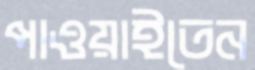
পাওয়াইতেন